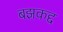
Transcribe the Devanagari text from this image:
बझकद्द